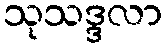
သုသဒ္ဒလာ